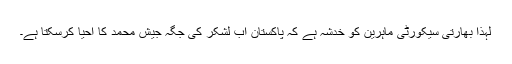
لہذا بھارتی سیکورٹی ماہرین کو خدشہ ہے کہ پاکستان اب لشکر کی جگہ جیش محمد کا احیا کرسکتا ہے۔